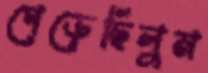
গেড়েছিলুম